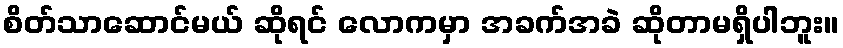
စိတ်သာဆောင်မယ် ဆိုရင် လောကမှာ အခက်အခဲ ဆိုတာမရှိပါဘူး။